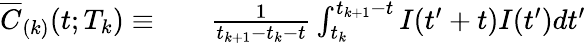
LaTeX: \begin{array}{rlr}{\overline{{C}}_{(k)}(t;T_{k})\equiv}&{{}}&{\frac{1}{t_{k+1}-t_{k}-t}\int_{t_{k}}^{t_{k+1}-t}I(t^{\prime}+t)I(t^{\prime})dt^{\prime}}\end{array}